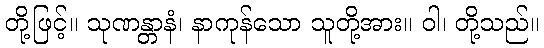
တို့ဖြင့်။ သုဏန္တာနံ၊ နာကုန်သော သူတို့အား။ ဝါ၊ တို့သည်။